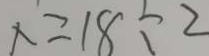
x = 1 8 \div 2